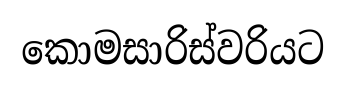
කොමසාරිස්වරියට